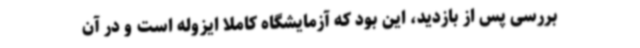
بررسی پس از بازدید، این بود که آزمایشگاه کاملا ایزوله است و در آن